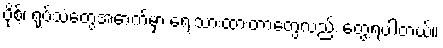
ပိုစ့်၊ ရုပ်သံတွေအောက်မှာ ရေးသားထားတာတွေလည်း တွေ့ရပါတယ်။